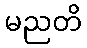
မညတိ